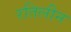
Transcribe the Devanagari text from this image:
रतिलीन